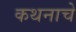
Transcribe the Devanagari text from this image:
कथनाचे